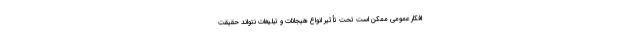
افکار عمومی ممکن است تحت تأثیر انواع هیجانات و تبلیغات نتواند حقیقت